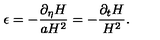
\epsilon = - \frac { \partial _ { \eta } H } { a H ^ { 2 } } = - \frac { \partial _ { t } H } { H ^ { 2 } } .